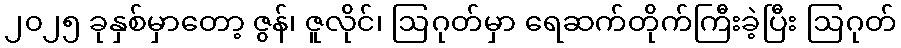
၂၀၂၅ ခုနှစ်မှာတော့ ဇွန်၊ ဇူလိုင်၊ ဩဂုတ်မှာ ရေဆက်တိုက်ကြီးခဲ့ပြီး ဩဂုတ်